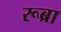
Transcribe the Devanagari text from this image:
रूब्रा